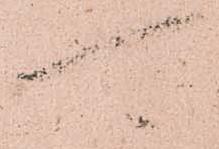
可